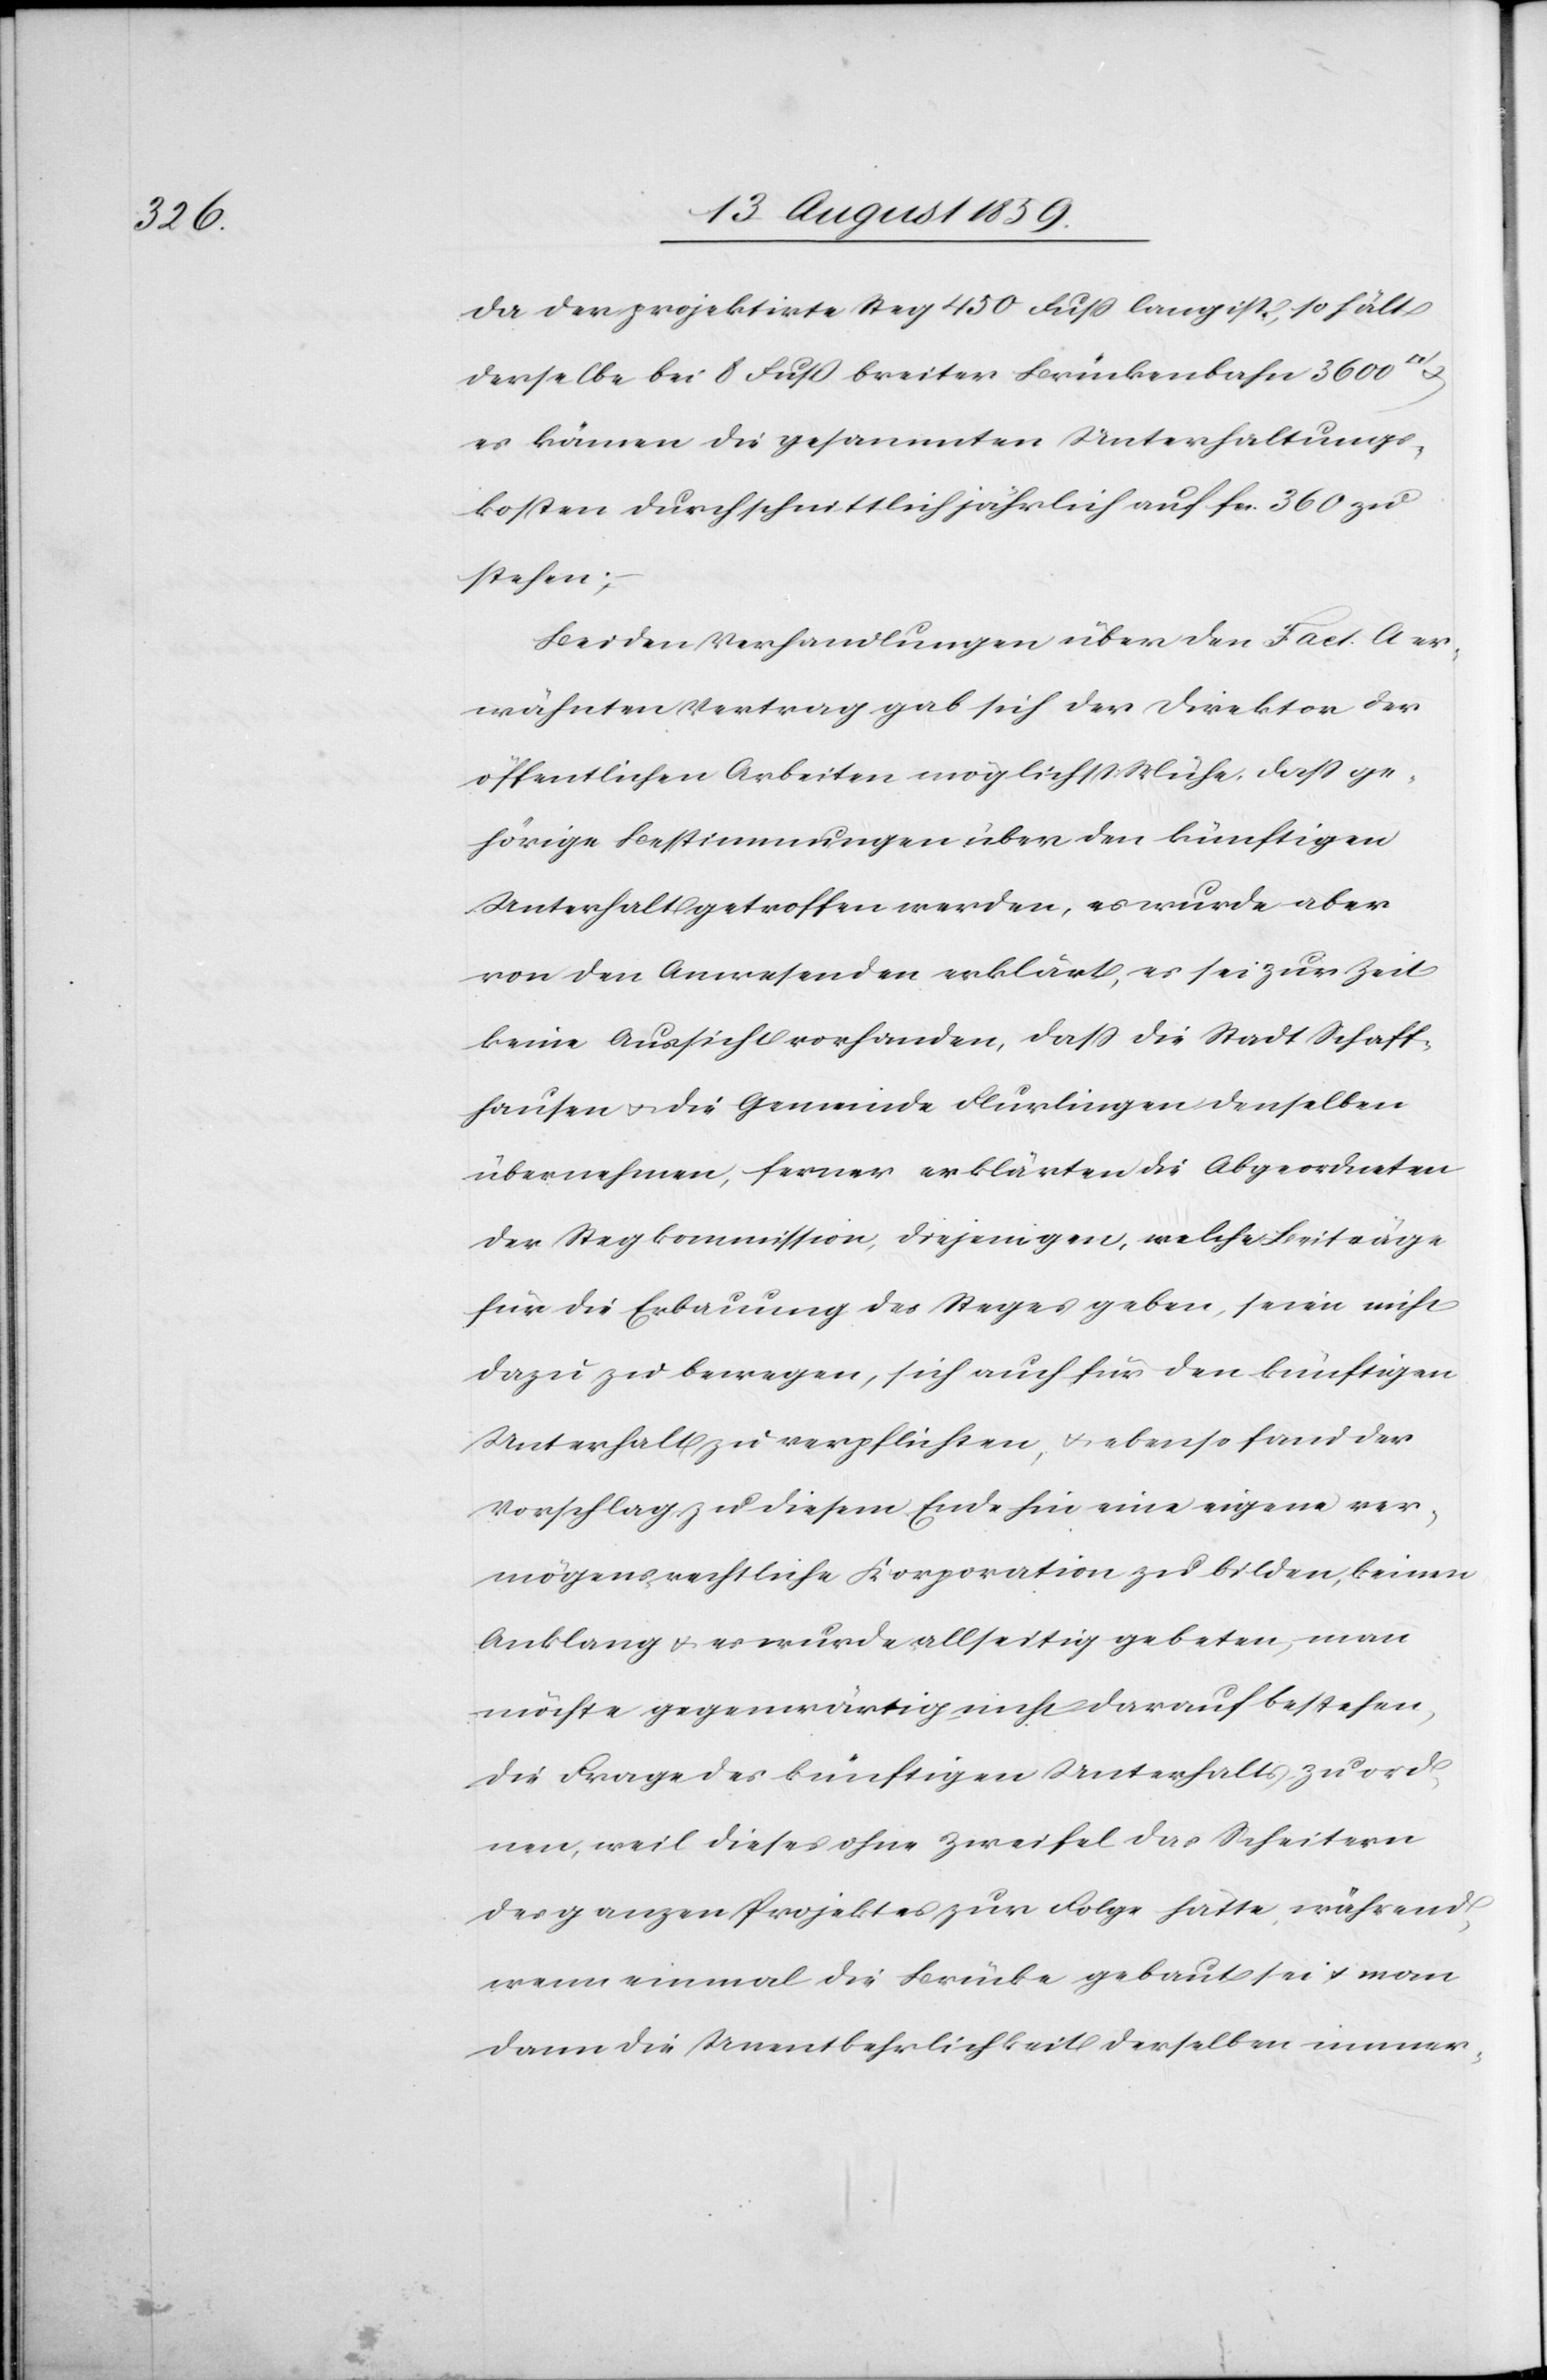
da der projektirte Steg 450 Fuß lang ist, so hält
derselbe bei 8 Fuß breiter Brückenbahn 3600
es kämen die gesammten Unterhaltungs¬
kosten durchschnittlich jährlich auf fcs. 360 zu
stehen;
Bei den Verhandlungen über den Fact. A er¬
wähnten Vertrag gab sich der Direktor der
öffentlichen Arbeiten möglichst Mühe, daß ge¬
hörige Bestimmungen über den künftigen
Unterhalt getroffen werden, es wurde aber
von den Anwesenden erklärt, es sei zur Zeit
keine Aussicht vorhanden, daß die Stadt Schaff¬
hausen u. die Gemeinde Flurlingen denselben
übernehmen, ferner erklärten die Abgeordneten
der Stegkommission, diejenigen, welche Beiträge
für die Erbauung des Stegs geben, seien nicht
dazu zu bewegen, sich auch für den künftigen
Unterhalt zu verpflichten, u. ebenso fand der
Vorschlag zu diesem Ende hin eine eigene ver¬
mögensrechtliche Korporation zu bilden, einen
Anklang u. es wurde allseitig gebeten, man
möchte gegenwärtig nicht darauf bestehen,
die Frage des künftigen Unterhalts zu ord¬
nen, weil dieses ohne Zweifel das Scheitern
des ganzen Projektes zur Folge hätte, während
wenn einmal die Brücke gebaut sei u. man
dann die Unentbehrlichkeit derselben immer-